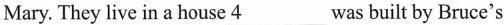
Mary. They live in a house \underline{4} was built by Bruce's